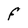
Character: f